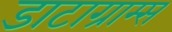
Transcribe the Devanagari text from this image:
डाटाग्राम्स